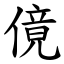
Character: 傹